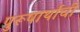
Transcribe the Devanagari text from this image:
पुरूषार्थाची